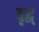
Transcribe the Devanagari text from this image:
वृद्ध्